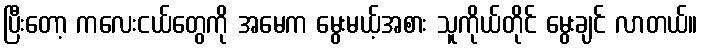
ပြီးတော့ ကလေးငယ်တွေကို အမေက မွေးမယ့်အစား သူကိုယ်တိုင် မွေးချင် လာတယ်။